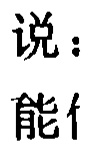
说：
能什